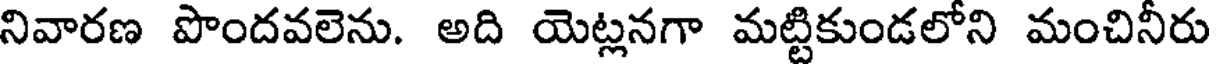
నివారణ పొందవలెను. అది యెట్లనగా మట్టికుండలోని మంచినీరు